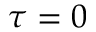
\tau = 0